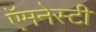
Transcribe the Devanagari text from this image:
ऍमनेस्टी